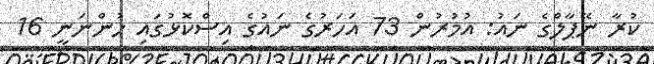
ކުރާ ނޭޕާލްގެ ނައު: އުމުރުން 73 އަހަރުގެ ނައުގެ އިސްކޮޅުގައި ހުންނަނީ 16